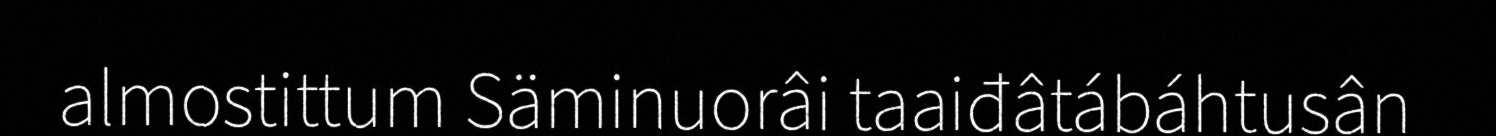
almostittum Säminuorâi taaiđâtábáhtusân